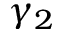
\gamma _ { 2 }